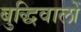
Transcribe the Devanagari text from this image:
बुद्धिवालों